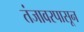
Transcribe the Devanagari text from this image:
तंजावरपासून